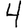
Digit: 4